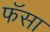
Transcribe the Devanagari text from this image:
फॅसा